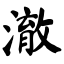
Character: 澈